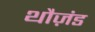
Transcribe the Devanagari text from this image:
थौज़ंड